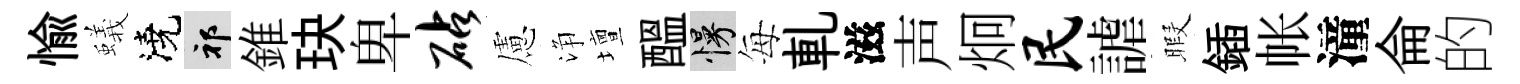
愉蟻澆祁錐玦卑砧慮浄壇醖慢每軋滋声炯民謔暇鍤帐潼侖的